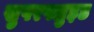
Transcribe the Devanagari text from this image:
सुपरफ्लुइड